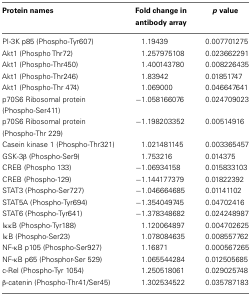
<table><thead><tr><td><b>Protein names</b></td><td><b>Fold change in antibody array</b></td><td><b><i>p</i> value</b></td></tr></thead><tbody><tr><td>PI-3K p85 (Phospho-Tyr607)</td><td>1.19439</td><td>0.007701275</td></tr><tr><td>Akt1 (Phospho Thr72)</td><td>1.257975108</td><td>0.023662291</td></tr><tr><td>Akt1 (Phospho-Thr450)</td><td>1.400143780</td><td>0.008226435</td></tr><tr><td>Akt1 (Phospho-Thr246)</td><td>1.83942</td><td>0.01851747</td></tr><tr><td>Akt1 (Phospho-Thr 474)</td><td>1.069000</td><td>0.046647641</td></tr><tr><td>p70S6 Ribosomal protein (Phospho-Ser411)</td><td>−1.058166076</td><td>0.024709023</td></tr><tr><td>p70S6 Ribosomal protein (Phospho-Thr 229)</td><td>−1.198203352</td><td>0.00514916</td></tr><tr><td>Casein kinase 1 (Phospho-Thr321)</td><td>1.021481145</td><td>0.003365457</td></tr><tr><td>GSK-3β (Phospho-Ser9)</td><td>1.753216</td><td>0.014375</td></tr><tr><td>CREB (Phospho 133)</td><td>−1.06934158</td><td>0.015833103</td></tr><tr><td>CREB (Phospho-129)</td><td>−1.144177379</td><td>0.01822392</td></tr><tr><td>STAT3 (Phospho-Ser727)</td><td>−1.046664685</td><td>0.01141102</td></tr><tr><td>STAT5A (Phospho-Tyr694)</td><td>−1.354049745</td><td>0.04702416</td></tr><tr><td>STAT6 (Phospho-Tyr641)</td><td>−1.378348682</td><td>0.024248987</td></tr><tr><td>IκκB (Phospho-Tyr188)</td><td>1.120064897</td><td>0.004702625</td></tr><tr><td>IκB (Phospho-Ser23)</td><td>1.078084635</td><td>0.008557762</td></tr><tr><td>NF-κB p105 (Phospho-Ser927)</td><td>1.16871</td><td>0.000567265</td></tr><tr><td>NF-κB p65 (Phosphor-Ser 529)</td><td>1.065544284</td><td>0.012505685</td></tr><tr><td>c-Rel (Phospho-Tyr 1054)</td><td>1.250518061</td><td>0.029025748</td></tr><tr><td>β-catenin (Phospho-Thr41/Ser45)</td><td>1.302534522</td><td>0.035787183</td></tr></tbody></table>